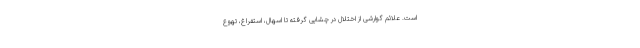
است. علائم گوارشی از اختلال در چشایی گرفته تا اسهال، استفراغ، تهوع